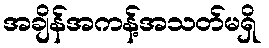
အချိန်အကန့်အသတ်မရှိ